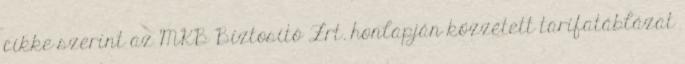
cikke szerint az MKB Biztosító Zrt. honlapján közzétett tarifatáblázat